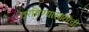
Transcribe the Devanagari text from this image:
ठरविण्यासाठीची